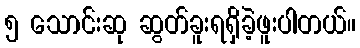
၅ သောင်းဆု ဆွတ်ခူးရရှိခဲ့ဖူးပါတယ်။